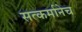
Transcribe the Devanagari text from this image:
सत्कर्मानेच